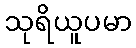
သုရိယူပမာ